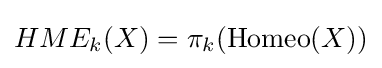
HME_{k}(X)=\pi _{k}({\rm {Homeo}}(X))